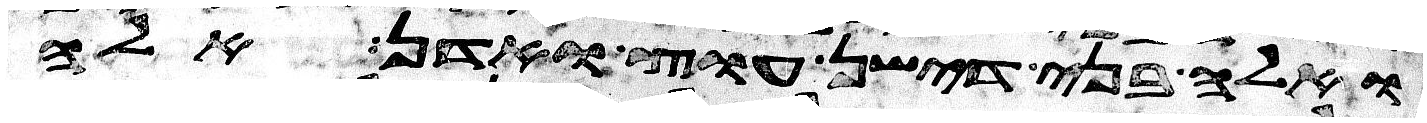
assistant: ואלה בני דישן עוץ ואדן אלה